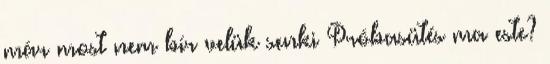
már most nem bír velük senki Próbasütés ma este?